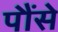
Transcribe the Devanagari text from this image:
पौंसे